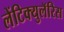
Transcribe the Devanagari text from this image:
लेंटिक्युलॅरिस